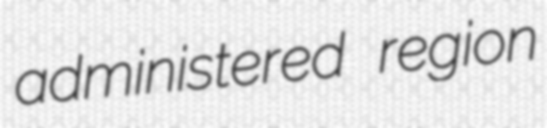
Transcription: administered region